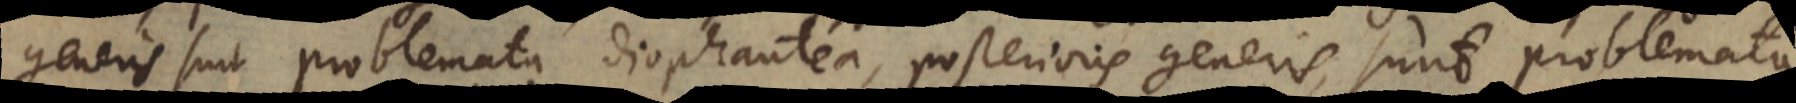
generis sunt problemata Diophantea, posterioris generis, sunt problemat